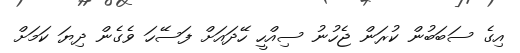
އިގެ ސަބަބުން ކުރަން ޖެހުނު ސިއްހީ ހޭދައަށް ފަސޭހަ ވެގެން ދިޔަ ކަމަށް